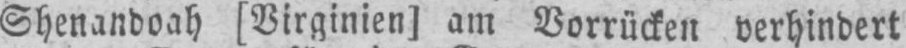
Shenandoah [Virginien] am Vorrücken verhindert